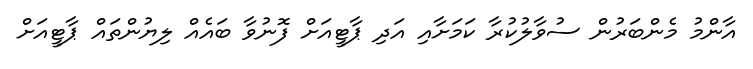
އާންމު މެންބަރުން ސުވާލުކުރާ ކަމަށާއި އަދި ޕާޓީއަށް ފޮނުވާ ބައެއް ލިޔުންތައް ޕާޓީއަށް